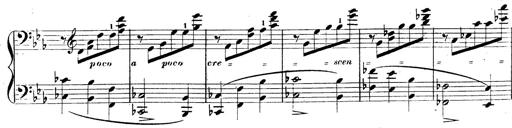
Title: 3 Caprices-Valses
Composer: Franz Liszt